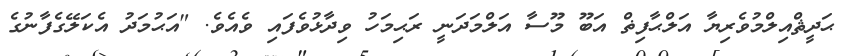
ޙަދީޘްއިލްމުވެރިޔާ އަލްޙާފިޡް އަބޫ މޫސާ އަލްމަދަނީ ރަޙިމަހު ވިދާޅުވެފައި ވެއެވެ. "އަޙުމަދު އެކަލޭގެފާނުގެ